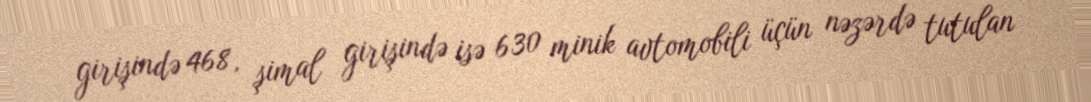
girişində 468, şimal girişində isə 630 minik avtomobili üçün nəzərdə tutulan